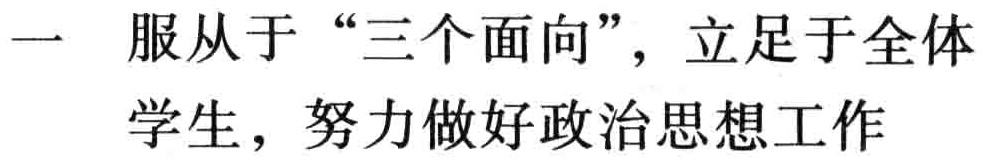
一 服从于 “三个面向”，立足于全体学生，努力做好政治思想工作